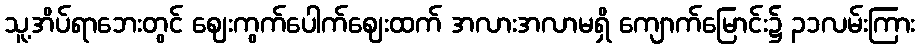
သူ့အိပ်ရာဘေးတွင် ဈေးကွက်ပေါက်ဈေးထက် အလားအလာမရှိ ကျောက်မြောင်း၌ ၃၁လမ်းကြား